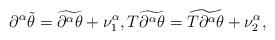
LaTeX: \begin{align*}\partial^\alpha\tilde\theta = \widetilde{\partial^\alpha\theta} + \nu_1^\alpha,T\widetilde{\partial^\alpha\theta} = \widetilde{ T\partial^\alpha\theta} + \nu_2^\alpha,\end{align*}